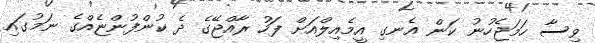
ވިސާ ހަމަޖެހުނު ކަން އެނގި އީމެއިލްއަށް ފަހު ރާއްޖޭގެ ދެ ކުންފުންޏެއްގެ ނަމުގައި